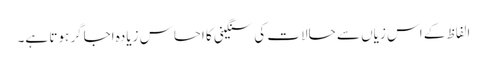
الفاظ کے اس زیاں سے حالات کی سنگینی کا احساس زیادہ اجاگر ہوتا ہے۔